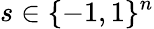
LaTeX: s\in\{ -1,1\} ^{n}